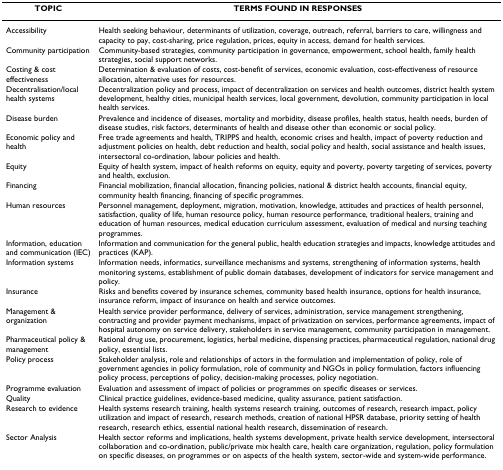
<table><thead><tr><td><b>TOPIC</b></td><td><b>TERMS FOUND IN RESPONSES</b></td></tr></thead><tbody><tr><td>Accessibility</td><td>Health seeking behaviour, determinants of utilization, coverage, outreach, referral, barriers to care, willingness and capacity to pay, cost-sharing, price regulation, prices, equity in access, demand for health services.</td></tr><tr><td>Community participation</td><td>Community-based strategies, community participation in governance, empowerment, school health, family health strategies, social support networks.</td></tr><tr><td>Costing &amp; cost effectiveness</td><td>Determination &amp; evaluation of costs, cost-benefit of services, economic evaluation, cost-effectiveness of resource allocation, alternative uses for resources.</td></tr><tr><td>Decentralisation/local health systems</td><td>Decentralization policy and process, impact of decentralization on services and health outcomes, district health system development, healthy cities, municipal health services, local government, devolution, community participation in local health services.</td></tr><tr><td>Disease burden</td><td>Prevalence and incidence of diseases, mortality and morbidity, disease profiles, health status, health needs, burden of disease studies, risk factors, determinants of health and disease other than economic or social policy.</td></tr><tr><td>Economic policy and health</td><td>Free trade agreements and health, TRIPPS and health, economic crises and health, impact of poverty reduction and adjustment policies on health, debt reduction and health, social policy and health, social assistance and health issues, intersectoral co-ordination, labour policies and health.</td></tr><tr><td>Equity</td><td>Equity of health system, impact of health reforms on equity, equity and poverty, poverty targeting of services, poverty and health, exclusion.</td></tr><tr><td>Financing</td><td>Financial mobilization, financial allocation, financing policies, national &amp; district health accounts, financial equity, community health financing, financing of specific programmes.</td></tr><tr><td>Human resources</td><td>Personnel management, deployment, migration, motivation, knowledge, attitudes and practices of health personnel, satisfaction, quality of life, human resource policy, human resource performance, traditional healers, training and education of human resources, medical education curriculum assessment, evaluation of medical and nursing teaching programmes.</td></tr><tr><td>Information, education and communication (IEC)</td><td>Information and communication for the general public, health education strategies and impacts, knowledge attitudes and practices (KAP).</td></tr><tr><td>Information systems</td><td>Information needs, informatics, surveillance mechanisms and systems, strengthening of information systems, health monitoring systems, establishment of public domain databases, development of indicators for service management and policy.</td></tr><tr><td>Insurance</td><td>Risks and benefits covered by insurance schemes, community based health insurance, options for health insurance, insurance reform, impact of insurance on health and service outcomes.</td></tr><tr><td>Management &amp; organization</td><td>Health service provider performance, delivery of services, administration, service management strengthening, contracting and provider payment mechanisms, impact of privatization on services, performance agreements, impact of hospital autonomy on service delivery, stakeholders in service management, community participation in management.</td></tr><tr><td>Pharmaceutical policy &amp; management</td><td>Rational drug use, procurement, logistics, herbal medicine, dispensing practices, pharmaceutical regulation, national drug policy, essential lists.</td></tr><tr><td>Policy process</td><td>Stakeholder analysis, role and relationships of actors in the formulation and implementation of policy, role of government agencies in policy formulation, role of community and NGOs in policy formulation, factors influencing policy process, perceptions of policy, decision-making processes, policy negotiation.</td></tr><tr><td>Programme evaluation</td><td>Evaluation and assessment of impact of policies or programmes on specific diseases or services.</td></tr><tr><td>Quality</td><td>Clinical practice guidelines, evidence-based medicine, quality assurance, patient satisfaction.</td></tr><tr><td>Research to evidence</td><td>Health systems research training, health systems research training, outcomes of research, research impact, policy utilization and impact of research, research methods, creation of national HPSR database, priority setting of health research, research ethics, essential national health research, dissemination of research.</td></tr><tr><td>Sector Analysis</td><td>Health sector reforms and implications, health systems development, private health service development, intersectoral collaboration and co-ordination, public/private mix health care, health care organization, regulation, policy formulation on specific diseases, on programmes or on aspects of the health system, sector-wide and system-wide performance.</td></tr></tbody></table>